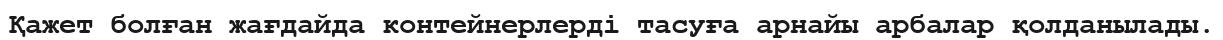
Қажет болған жағдайда контейнерлерді тасуға арнайы арбалар қолданылады.